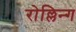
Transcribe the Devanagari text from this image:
रोल्लिन्ग